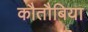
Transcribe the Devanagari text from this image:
कौतौबिया